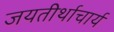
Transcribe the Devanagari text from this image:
जयतीर्थाचार्य